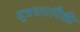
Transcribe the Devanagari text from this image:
सूत्रधारांपैकी